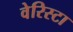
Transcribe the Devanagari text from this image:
वेरिस्टा